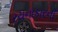
રચનાકારની